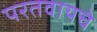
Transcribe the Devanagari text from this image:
परतवायचे